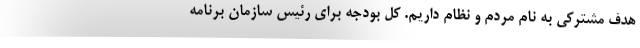
هدف مشترکی به نام مردم و نظام داریم. کل بودجه برای رئیس سازمان برنامه